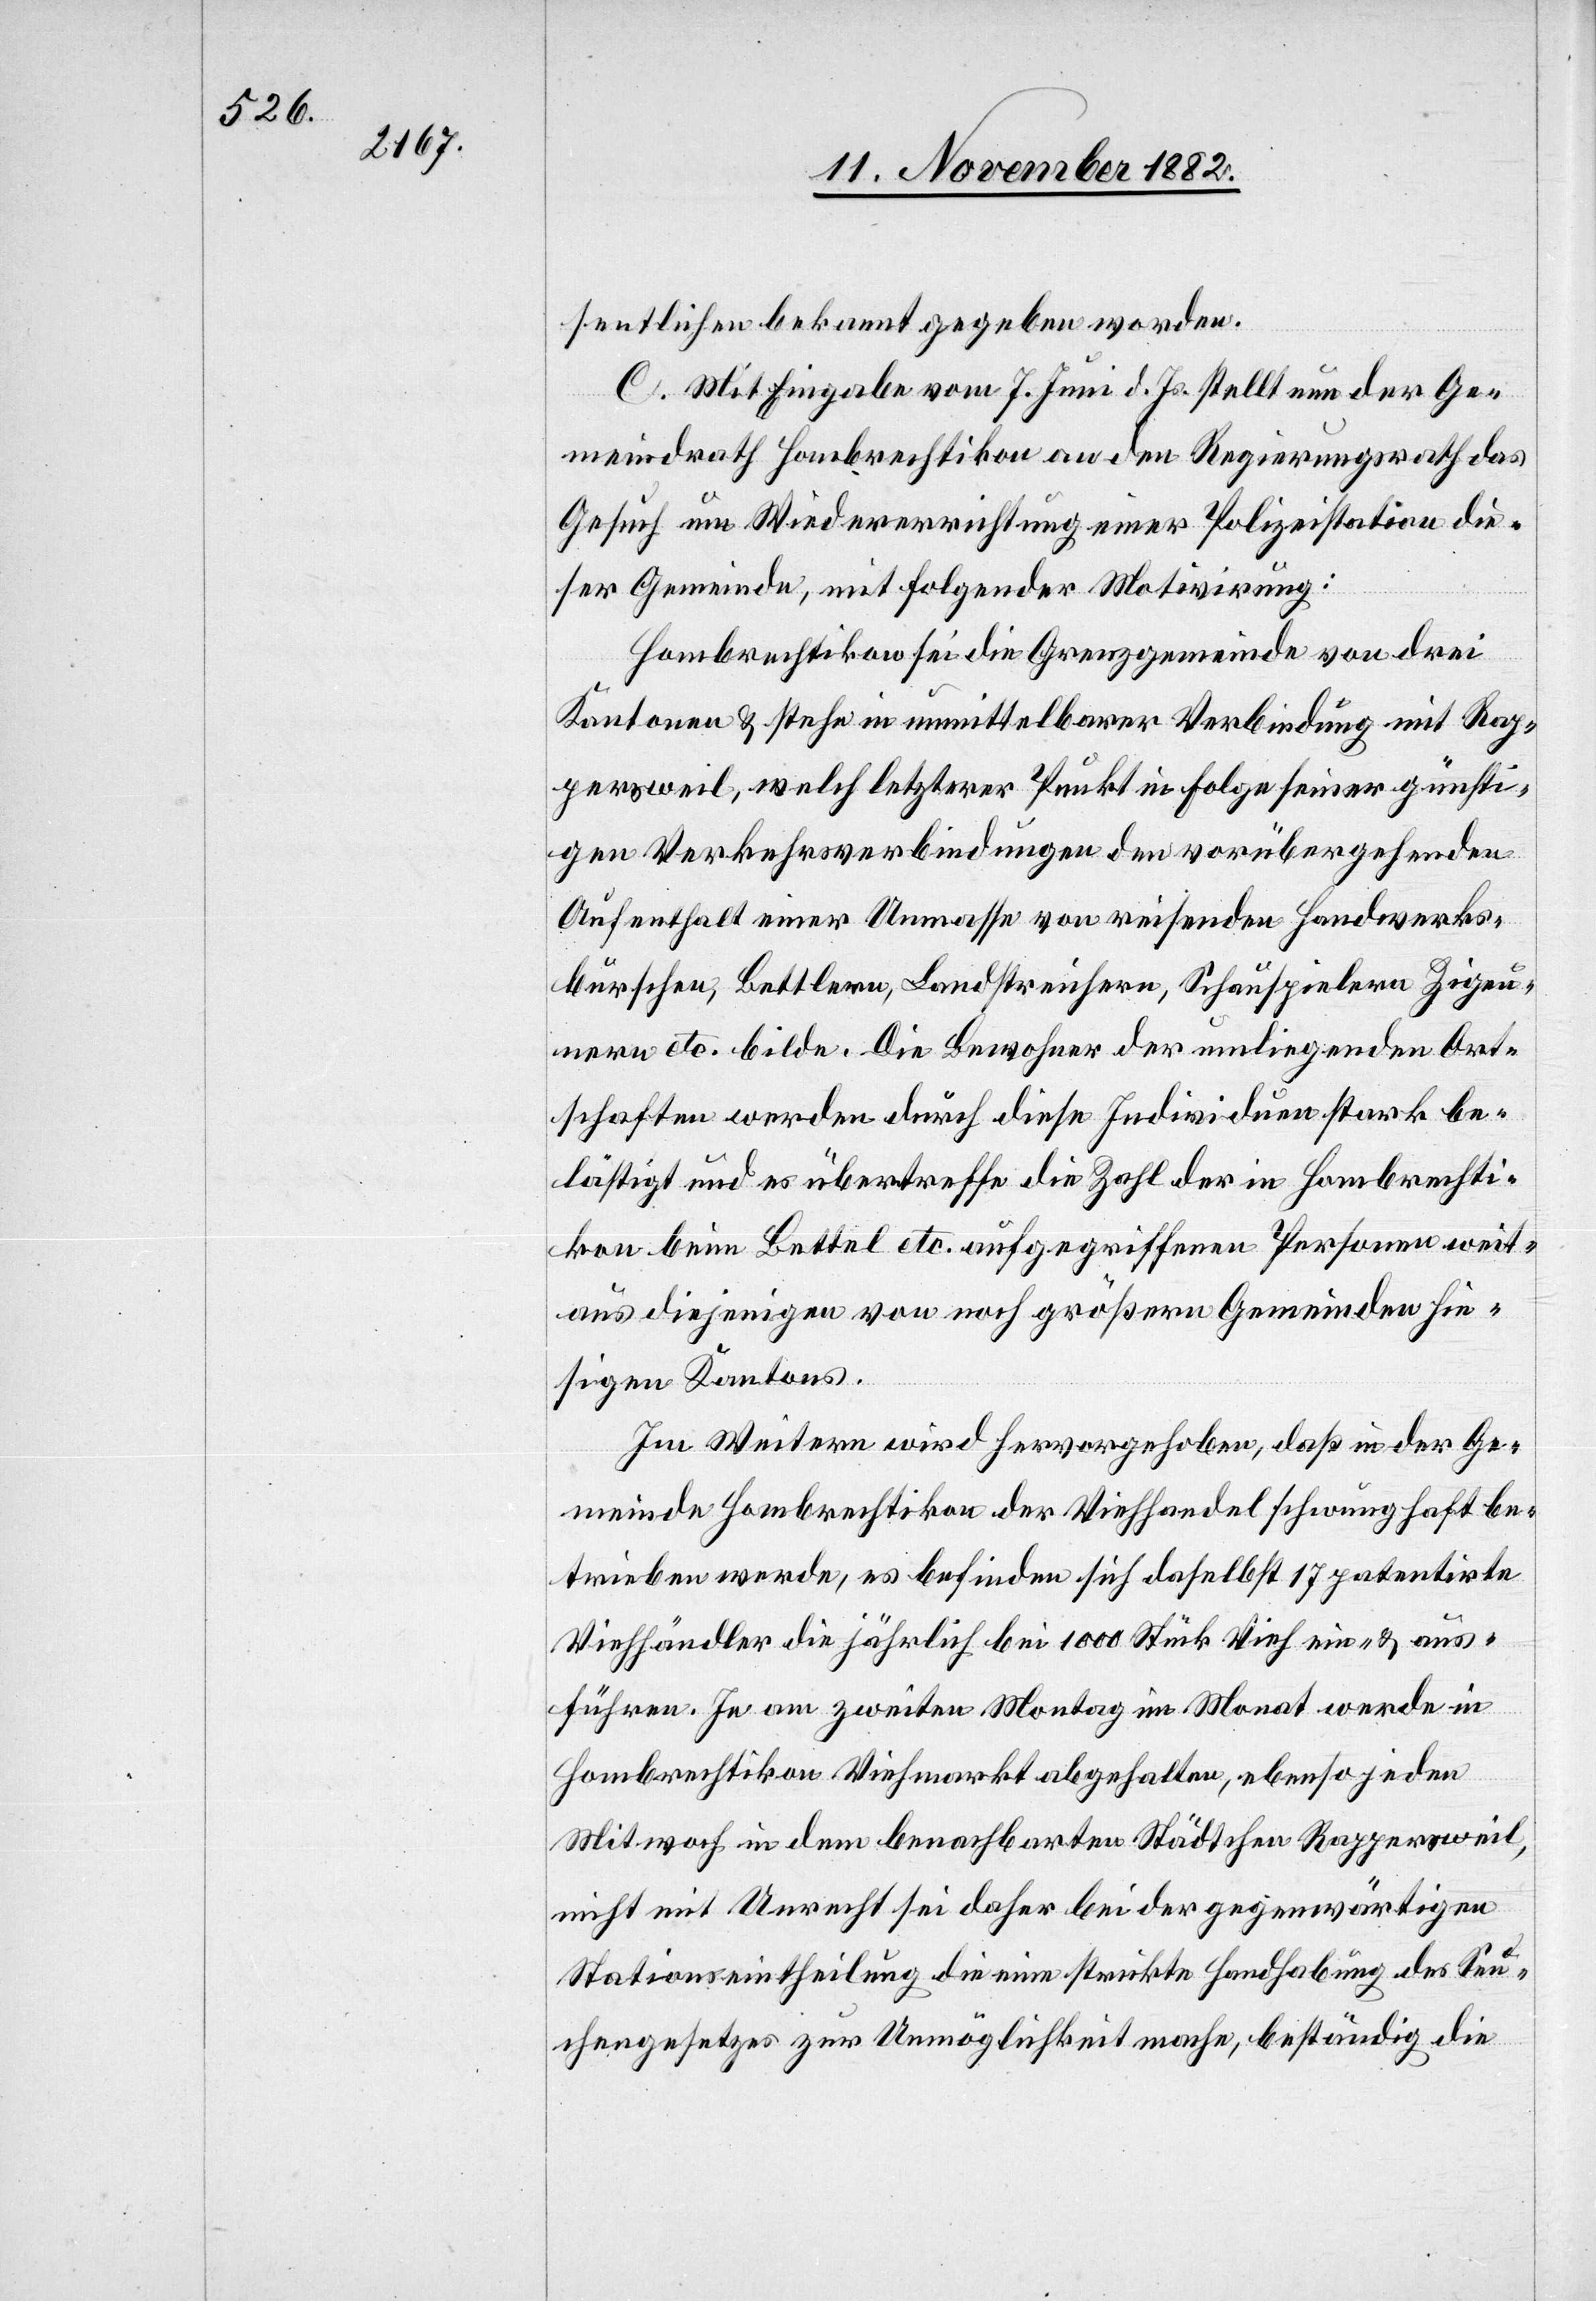
sentlichen bekannt gegeben worden.
C. Mit Eingabe vom 7. Juni d. Js. stellt nun der Ge¬
meindrath Hombrechtikon an den Regierungsrath das
Gesuch um Wiedererrichtung einer Polizeistation die¬
ser Gemeinde, mit folgender Motivirung:
Hombrechtikon sei die Grenzgemeinde von drei
Kantonen & stehe in unmittelbarer Verbindung mit Rap¬
persweil, welch letzterer Punkt in Folge seiner günsti¬
gen Verkehrsverbindungen den vorübergehenden
Aufenthalt einer Unmasse von reisenden Handwerks¬
burschen, Bettlern, Landstreichern, Schauspielern Zigeu¬
nern etc. bilde. Die Bewohner der umliegenden Ort¬
schaften werden durch diese Individuen stark be¬
lästigt und es übertreffe die Zahl der in Hombrechti¬
kon beim Bettel etc. aufgegriffenen Personen weit¬
aus diejenigen von noch größern Gemeinden hie¬
sigen Kantons.
Im Weitern wird hervorgehoben, daß in der Ge¬
meinde Hombrechtikon der Viehhandel schwunghaft be¬
trieben werde, es befinden sich daselbst 17 patentirte
Viehhändler die jährlich bei 1000 Stück Vieh ein- & aus¬
führen. Je am zweiten Montag im Monat werde in
Hombrechtikon Viehmarkt abgehalten, ebenso jeden
Mitwoch in dem benachbarten Städtchen Rappersweil,
nicht mit Unrecht sei daher bei der gegenwärtigen
Stationseintheilung die eine strickte Handhabung des Seu¬
chengesetzes zur Unmöglichkeit mache, beständig die